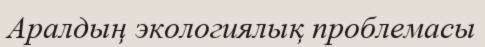
Аралдың экологиялық проблемасы